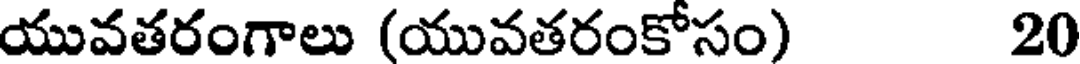
యువతరంగాలు (యువతరంకోసం) 20